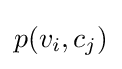
p(v_{i},c_{j})